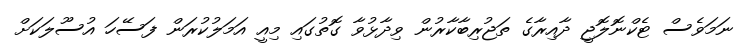
ނަމަވެސް ޓެކްނޮލޮޖީ ދާއިރާގެ ތަޖުރިބާކާރުން ވިދާޅުވާ ގޮތުގައި މިއީ އަމަލުކުރަން ފަސޭހަ އުސޫލަކަށް